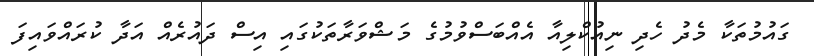
ގައުމުތަކާ މެދު ހެދި ނިއުކްލިއާ އެއްބަސްވުމުގެ މަޝްވަރާތަކުގައި އިސް ދައުރެއް އަދާ ކުރައްވައިފަ